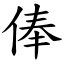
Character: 俸